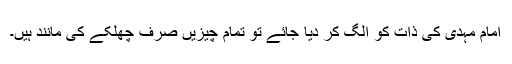
امام مہدی کی ذات کو الگ کر دیا جائے تو تمام چیزیں صرف چھلکے کی مانند ہیں۔